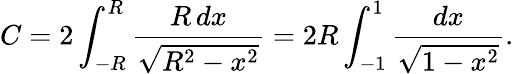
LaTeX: C=2\int_{-R}^{R}{\frac{R\, dx}{\sqrt{R^{2}-x^{2}}}}=2R\int_{-1}^{1}{\frac{dx}{\sqrt{1-x^{2}}}}.